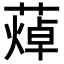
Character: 𦻐